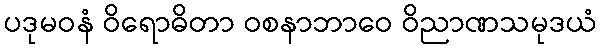
ပဒုမဝနံ ဝိရောဓိတာ ဝစနာဘာဝေ ဝိညာဏသမုဒယံ